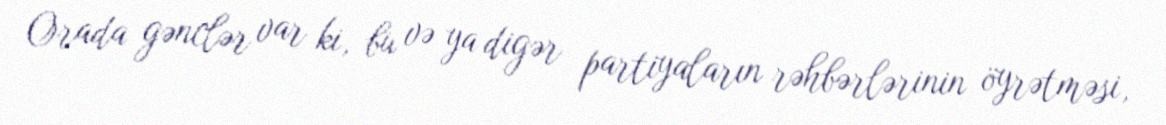
Orada gənclər var ki, bu və ya digər partiyaların rəhbərlərinin öyrətməsi,